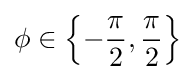
\phi \in \left\{-{\frac {\pi }{2}},{\frac {\pi }{2}}\right\}